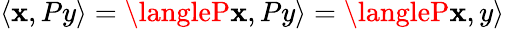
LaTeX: \langle\mathbf{x},Py\rangle=\langleP\mathbf{x},Py\rangle=\langleP\mathbf{x},y\rangle